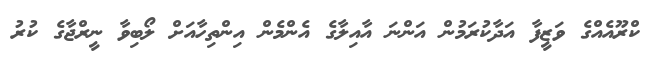
ކްރޫއެއްގެ ވަޒީފާ އަދާކުރަމުން އަންނަ އާއިލާގެ އެންމެން އިންތިހާއަށް ލޯބިވާ ނީރްޖާގެ ކުރު